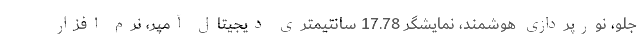
جلو، نورپردازی هوشمند، نمایشگر 17.78 سانتیمتری دیجیتال آمپر، نرم افزار